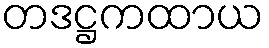
တဒဋ္ဌကထာယ